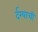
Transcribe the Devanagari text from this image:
र्दग्याची